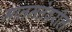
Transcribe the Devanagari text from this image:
मालमत्तेवरील